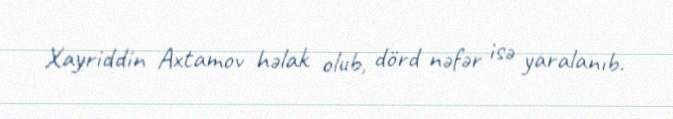
Xayriddin Axtamov həlak olub, dörd nəfər isə yaralanıb.